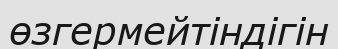
өзгермейтіндігін